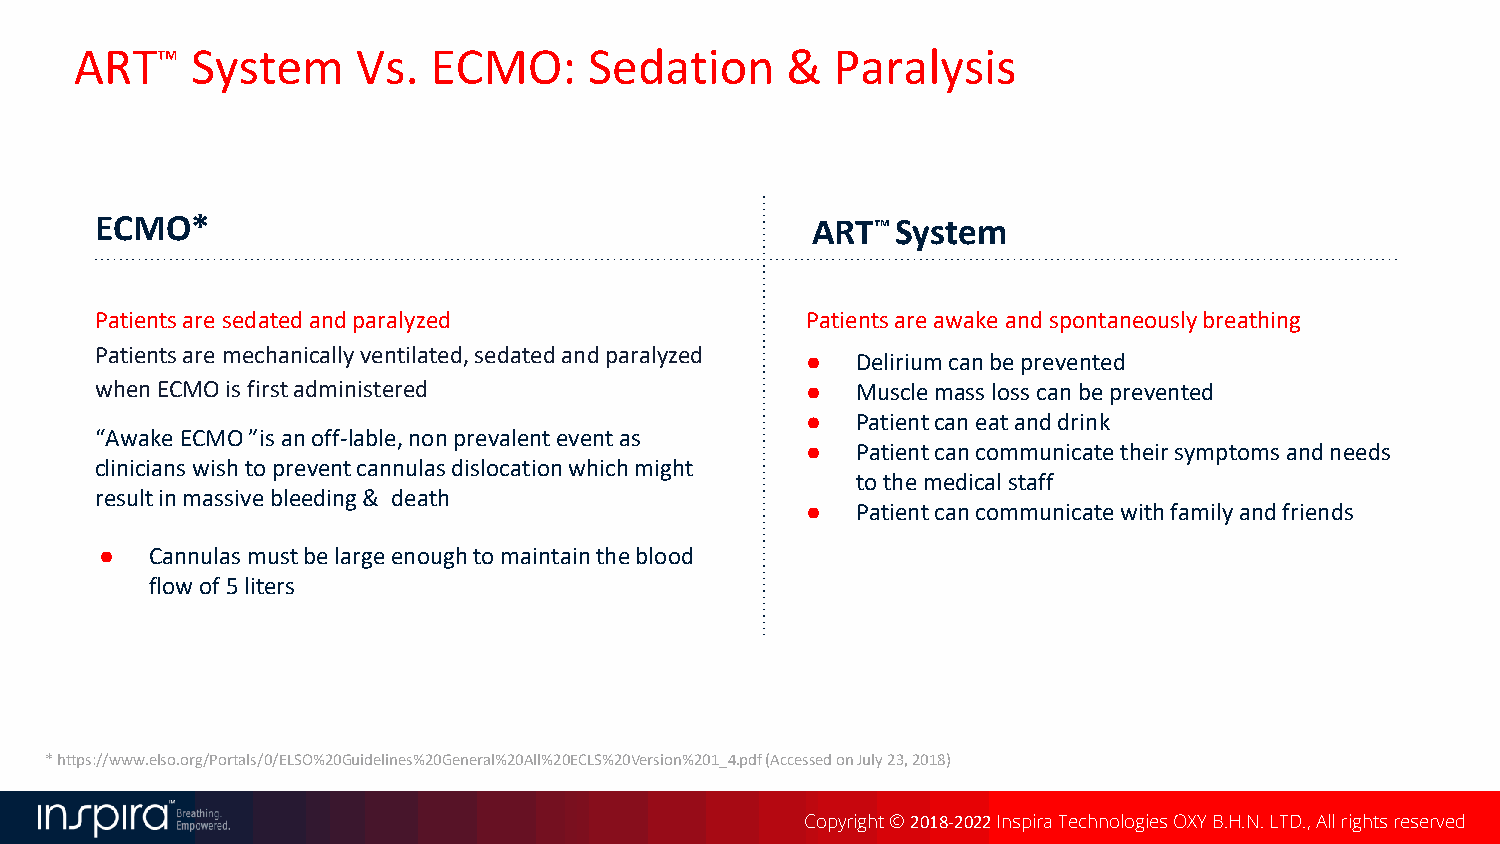
ART™    System     Vs. ECMO:      Sedation     &  Paralysis
 ECMO*                                           ART™System
 Patients are sedated and paralyzed             Patients are awake and spontaneously breathing
 Patients are mechanically ventilated, sedated and paralyzed
 ●   Delirium can be prevented
 when ECMO is first administered                ●   Muscle mass loss can be prevented
 ●   Patient can eat and drink
 “Awake ECMO ”is an off-lable, non prevalent event as
 ●   Patient can communicate their symptoms and needs
 clinicians wish to prevent cannulas dislocation which might
 to the medical staff
 result in massive bleeding & death
 ●   Patient can communicate with family and friends
 ●  Cannulas must be large enough to maintain the blood
 flow of 5liters
 * https://www.elso.org/Portals/0/ELSO%20Guidelines%20General%20All%20ECLS%20Version%201_4.pdf (Accessed on July 23, 2018)
 Copyright © 2018-2022Inspira Technologies OXY B.H.N. LTD., All rights reserved